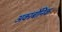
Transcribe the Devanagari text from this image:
अकार्बोनिक